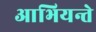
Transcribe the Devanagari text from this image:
आभियन्ते